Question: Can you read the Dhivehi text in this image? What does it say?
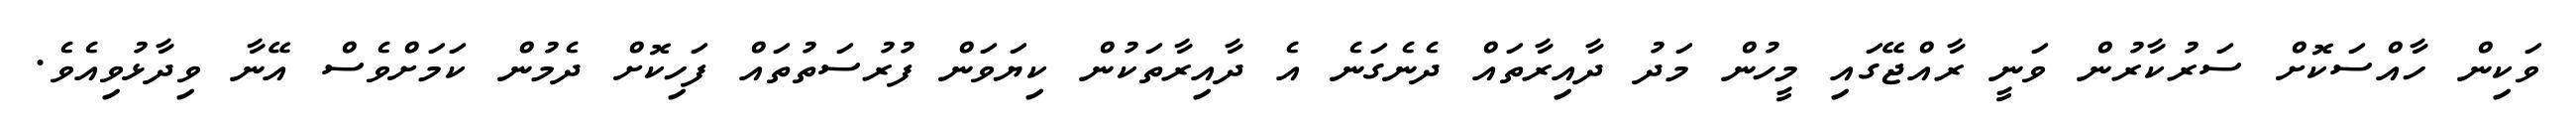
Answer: ވަކިން ހާއްސަކޮށް ސަރުކާރުން ވަނީ ރާއްޖޭގައި މީހުން މަދު ދާއިރާތައް ދެނެގަނެ އެ ދާއިރާތަކުން ކިޔަވަން ފުރުސަތުތައް ފަހިކޮށް ދެމުން ކަމަށްވެސް އޭނާ ވިދާޅުވިއެވެ.